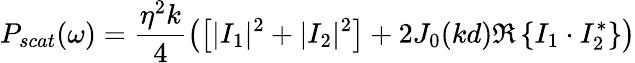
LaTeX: P_{scat}(\omega)=\frac{\eta^{2}k}{4}\left(\left[|I_{1}|^{2}+|I_{2}|^{2}\right]+2J_{0}(kd)\Re\left\{ I_{1}\cdot I_{2}^{*}\right\} \right)